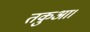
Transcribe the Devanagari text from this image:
तकुआ।